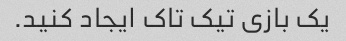
یک بازی تیک تاک ایجاد کنید.